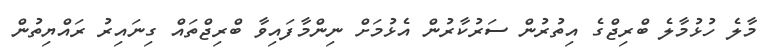
މާލެ ހުޅުމާލެ ބްރިޖްގެ އިތުރުން ސަރުކާރުން އެޅުމަށް ނިންމާފައިވާ ބްރިޖްތައް ގިނައިރު ރައްޔިތުން